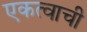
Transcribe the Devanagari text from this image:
एकत्वाची